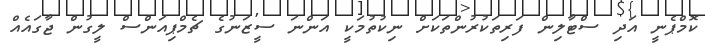
ކޮމްޕެނީ އަދި ސްޓާލިން ފަރިތަކުރުންތަކަށް ނިކުތުމަކީ އަންނަ ސީޒަނުގެ ޗެމްޕިއަންސް ލީގުން ޖާގައެއް